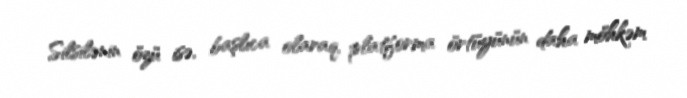
Silsilənin özü isə, başlıca olaraq, platforma örtüyünün daha möhkəm